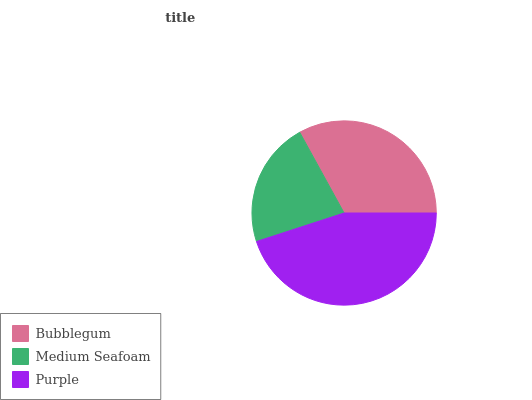
| Bubblegum | Medium Seafoam | Purple |
 | --- | --- | --- |
 | 33% | 22% | 45.1% |